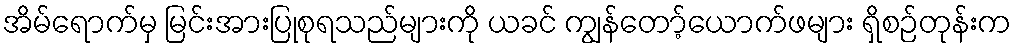
အိမ်ရောက်မှ မြင်းအားပြုစုရသည်များကို ယခင် ကျွန်တော့်ယောက်ဖများ ရှိစဉ်တုန်းက